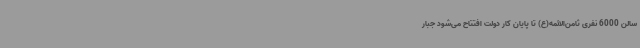
سالن 6000 نفری ثامن‌الائمه(ع) تا پایان کار دولت افتتاح می‌شود جبار